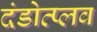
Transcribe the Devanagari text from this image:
दंडोत्प्लव